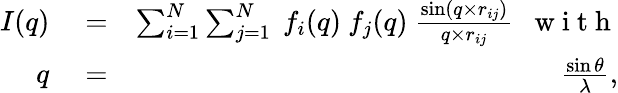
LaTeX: \begin{array}{rlr}{I(q)}&{{}=}&{\sum_{i=1}^{N}\sum_{j=1}^{N}\ f_{i}(q)\ f_{j}(q)\ \frac{\sin(q\times r_{ij})}{q\times r_{ij}}\ \ \mathrm{~w~i~t~h~}}\\ {q}&{{}=}&{\frac{\sin\theta}{\lambda},}\end{array}